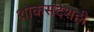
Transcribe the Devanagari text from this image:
शोकसंदेशही